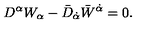
D ^ { \alpha } W _ { \alpha } - \bar { D } _ { \dot { \alpha } } \bar { W } ^ { \dot { \alpha } } = 0 .